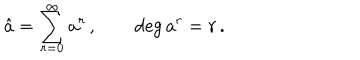
LaTeX: \hat { a } = \sum _ { r = 0 } ^ { \infty } a ^ { r } \, , \qquad \deg { a ^ { r } } = r \, .